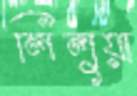
লিলুয়া